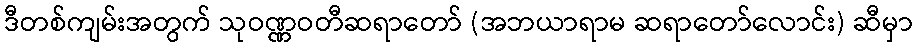
ဒီတစ်ကျမ်းအတွက် သုဝဏ္ဏဝတီဆရာတော် (အဘယာရာမ ဆရာတော်လောင်း) ဆီမှာ